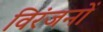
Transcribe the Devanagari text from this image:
विरंजनों